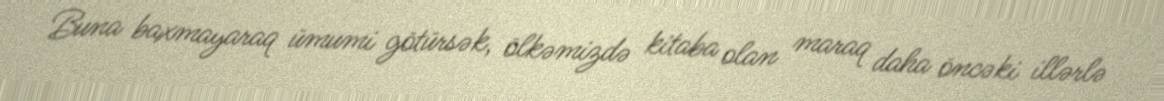
Buna baxmayaraq ümumi götürsək, ölkəmizdə kitaba olan maraq daha öncəki illərlə